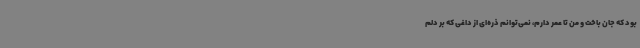
بود که جان باخت و من تا عمر دارم، نمی‌توانم ذره‌ای از داغی که بر دلم